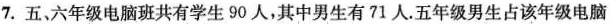
7. 五、六年级电脑班共有学生 90 人，其中男生有 71 人.五年级男生占该年级电脑